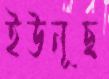
ইউনূছ